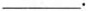
___。